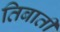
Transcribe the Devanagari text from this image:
तिबाती